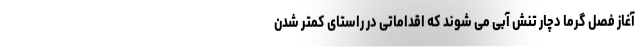
آغاز فصل گرما دچار تنش آبی می شوند که اقداماتی در راستای کمتر شدن